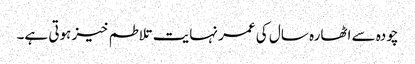
چودہ سے اٹھارہ سال کی عمر نہایت تلاطم خیز ہوتی ہے۔